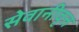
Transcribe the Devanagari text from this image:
सेवानीवृत्त